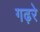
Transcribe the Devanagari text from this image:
गढ़रे